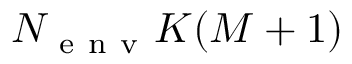
N _ { \mathrm { ~ e ~ n ~ v ~ } } K ( M + 1 )